Annual administration report of the Civil Veterinary Department of India - 1898-1899
Year: 1898
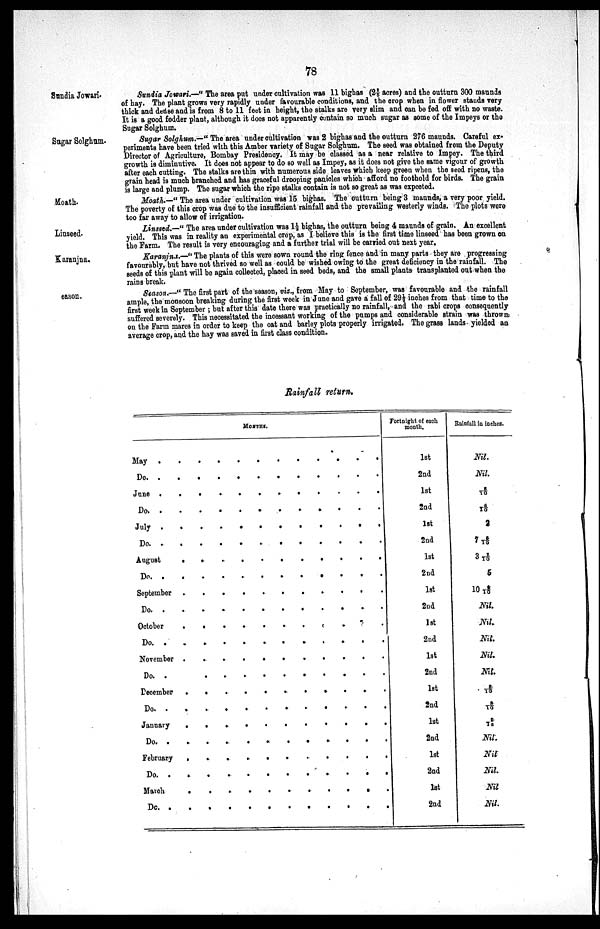
78
Sundia Jowari.
Sundia Jowari.—" The area put under cultivation was 11 bighas (21/5 acres) and the outturn 300 maunds
of hay. The plant grows very rapidly under favourable conditions, and the crop when in flower stands very
thick and dense and is from 8 to 11 feet in height, the stalks are very slim and can be fed off with no waste.
It is a good fodder plant, although it does not apparently contain so much sugar as some of the Impeys or the
Sugar Solghum.
Sugar Solghum.
Sugar Solghum.—" The area under cultivation was 2 bighas and the outturn 276 maunds. Careful ex-
periments have been tried with this Amber variety of Sugar Solghum. The seed was obtained from the Deputy
Director of Agriculture, Bombay Presidency. It may be classed as a near relative to Impey. The third
growth is diminutive. It does not appear to do so well as Impey, as it does not give the same vigour of growth
after each cutting. The stalks are thin with numerous side leaves which keep green when the seed ripens, the
grain head is much branched and has graceful drooping panioles which afford no foothold for birds. The grain
is large and plump. The sugar which the ripe stalks contain is not so great as was expected.
Month.
Moath.—" The area under cultivation was 15 bighas. The outturn being 3 maunds, a very poor yield.
The poverty of this crop was due to the insufficient rainfall and the prevailing westerly winds. The plots were
too far away to allow of irrigation.
Linseed.
Linssed.—" The area under cultivation was 1½ bighas, the outturn being 4 maunds of grain. An excellent
yield. This was in reality an experimental crop, as I believe this is the first time linseed has been grown on
the Farm. The result is very encouraging and a further trial will be carried out next year.
Karanjna.
Karanjna.—" The plants of this were sown round the ring fence and in many parts they are progressing
favourably, but have not thrived so well as could be wished owing to the great deficiency in the rainfall. The
seeds of this plant will be again collected, placed in seed beds, and the small plants transplanted out when the
rains break.
eason.
Season.—" The first part of the season, viz., from May to September, was favourable and the rainfall
ample, the monsoon breaking during the first week in June and gave a fall of 29½ inches from that time to the
first week in September; but after this date there was practically no rainfall, and the rabi crops consequently
suffered severely. This necessitated the incessant working of the pumps and considerable strain was thrown
on the Farm mares in order to keep the oat and barley plots properly irrigated. The grass lands yielded an
average crop, and the hay was saved in first class condition.
Rainfall
return.
MONTHS.
May . . . . . . . . . . . .
Do . . . . . . . . . . . .
June . . . . . . . . . . . .
Do. . . . . . . . . . . . .
July . . . . . . . . . . . .
Do. . . . . . . . . . . . .
August . . . . . . . . . . . .
Do. . . . . . . . . . . . .
September . . . . . . . . . . . .
Do. . . . . . . . . . . . .
October . . . . . . . . . . . .
Do. . . . . . . . . . . . . .
November . . . . . . . . . . . .
Do. . . .
December . . . . . . . . . . . .
Do. . . . . . . . . . . .
January . . . . . . . . . . . .
Do. . . . . . . . . . . . .
February . . . . . . . . . . .
Do. . . . . . . . . . . . . .
March . . . . . . . . . . . .
Do. . . . . . . . . . . . .
Fortnight of each
month.
1st
2nd
1st
2nd
1st
2nd
1st
2nd
1st
2nd
1st
2nd
1st
2nd
1st
2nd
1st
2nd
1st
2nd
1st
2nd
Rainfall in inches.
Nil.
Nil.
5/10
6/10
2
76/10
37/10
6
109/10
Nil.
Nil.
Nil.
Nil.
Nil.
6/10
8/10
9/10
Nil.
Nil.
Nil.
Nil.
Nil.